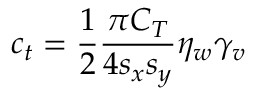
c _ { t } = \frac { 1 } { 2 } \frac { \pi C _ { T } } { 4 s _ { x } s _ { y } } \eta _ { w } \gamma _ { v }